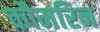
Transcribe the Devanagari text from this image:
कौमरिन